Scottish Certificate of Education, 1962
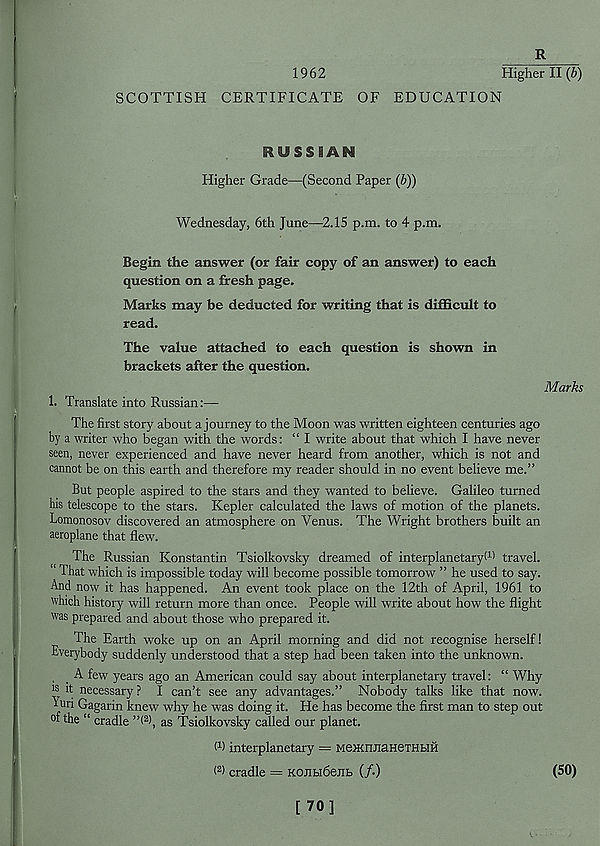
R
1962
Higher II (b)
SCOTTISH CERTIFICATE OF EDUCATION
RUSSIAN
Higher Grade—(Second Paper (b))
Wednesday, 6th June—2.1S p.m. to 4 p.m.
Begin the answer (or fair copy of an answer) to each
question on a fresh page.
Marks may be deducted for writing that is difficult to
read.
The value attached to each question is shown in
brackets after the question.
1. Translate into Russian:—
Marks
The first story about a journey to the Moon was written eighteen centuries ago
by a writer who began with the words: “ I write about that which I have never
seen, never experienced and have never heard from another, which is not and
cannot be on this earth and therefore my reader should in no event believe me.”
But people aspired to the stars and they wanted to believe. Galileo turned
his telescope to the stars. Kepler calculated the laws of motion of the planets.
Lomonosov discovered an atmosphere on Venus. The Wright brothers built an
aeroplane that flew.
The Russian Konstantin Tsiolkovsky dreamed of interplanetaryt 1 ' travel.
“ That which is impossible today will become possible tomorrow ” he used to say.
And now it has happened. An event took place on the 12th of April, 1961 to
which history will return more than once. People will write about how the flight
was prepared and about those who prepared it.
The Earth woke up on an April morning and did not recognise herself!
Everybody suddenly understood that a step had been taken into the unknown.
A few years ago an American could say about interplanetary travel: “ Why
js it necessary ? I can’t see any advantages.” Nobody talks like that now.
■turi Gagarin knew why he was doing it. He has become the first man to step out
of the “ cradle ”( 2 ), as Tsiolkovsky called our planet.
P) interplanetary = MexcnnaHeTHbiH
( 2 ) cradle — KOJlbl6enb (/•)
(50)
[70]